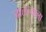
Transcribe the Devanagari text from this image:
जालन्याला